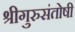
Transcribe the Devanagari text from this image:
श्रीगुरुसंतोषी